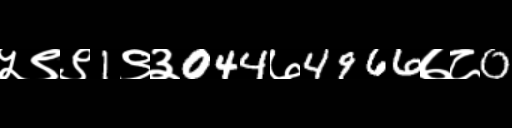
Text: ५९९1९३044७4966७८0